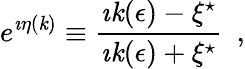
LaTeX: e^{\imath\eta(\mathit{k})}\equiv{\frac{{\imath\mathit{k}(\epsilon)-\xi^{\star}}}{{\imath\mathit{k}(\epsilon)+\xi^{\star}}}}~~,